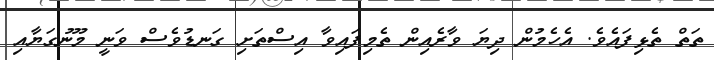
ތަތް ތެޅިފައެވެ. އެހެމުން ދިޔަ ވާރެއިން ތެމިފައިވާ އިސްތަށި ގަނޑުވެސް ވަނީ މޫނުގަޔާއި